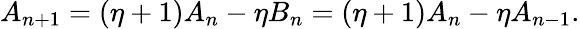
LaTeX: A_{n+1}=(\eta+1)A_{n}-\eta B_{n}=(\eta+1)A_{n}-\eta A_{n-1}.